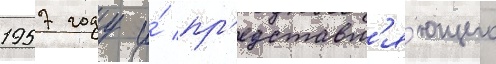
1957 году и́ пр'едставл'я́ющего